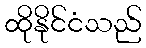
ထိုနိုင်ငံသည်